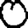
Digit: 0